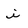
Character: i